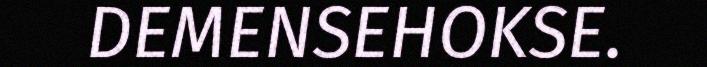
DEMENSEHOKSE.